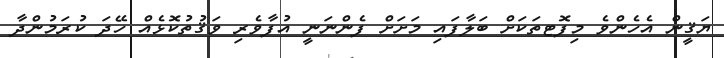
ޔަޤީން އެހެންވެ މިފޮޓތަކަށް ބަލާފައި މަށަށް ފެންނަނީ އުފާވެރި ވަޤުތުކޮޅެއް ހޭދަ ކުރަމުންދާ